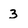
Character: 3